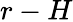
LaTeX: r-H